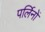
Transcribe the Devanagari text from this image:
पर्लिनों